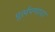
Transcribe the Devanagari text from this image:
मूर्खपणाचा